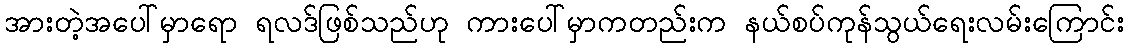
အားတဲ့အပေါ်မှာရော ရလဒ်ဖြစ်သည်ဟု ကားပေါ်မှာကတည်းက နယ်စပ်ကုန်သွယ်ရေးလမ်းကြောင်း